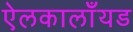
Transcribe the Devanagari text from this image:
ऐलकालाँयड